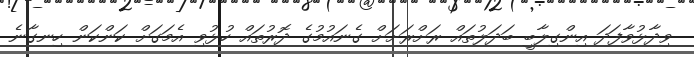
ވިދާޅުވާފަދަ އިންގިލާބީ ބަދަލުތައް ރަށްރަށަށް ގެނައުމުގެ ދޮރުތައް ހުޅުވި އެމަގަށް ކަންކަން ހިނގާނެ